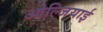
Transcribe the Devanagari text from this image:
ओल्जियाई